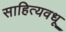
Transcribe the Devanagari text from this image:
साहित्यवधू